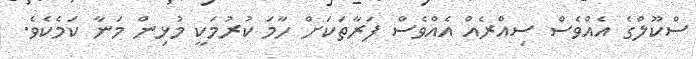
ސްކޫލްގެ އެއްވެސް ސިއްރެއް އެއްވެސް ފަރާތަކަށް ހާމަ ކުރުމަކީ މުޅިން މަނާ ކަމެކެވެ.